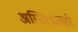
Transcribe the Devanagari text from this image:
अस्तित्वातही